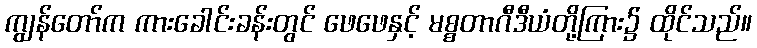
ကျွန်တော်က ကားခေါင်းခန်းတွင် ဖေဖေနှင့် မစ္စတာဂီဒီယံတို့ကြား၌ ထိုင်သည်။